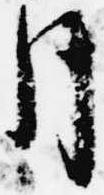
月